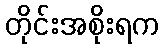
တိုင်းအစိုးရက